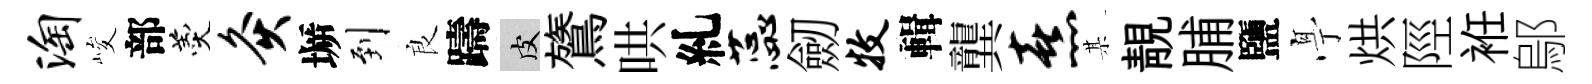
淘峻部羹灸󶱲到良躊皮鷟哄糺蕊劒牧輯龔熹某靚脯鹽𠅘烘陘袵鄔